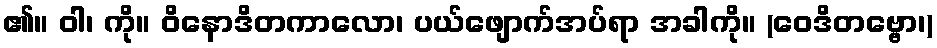
၏။ ဝါ၊ ကို။ ဝိနောဒိတကာလော၊ ပယ်ဖျောက်အပ်ရာ အခါကို။ (ဝေဒိတဗ္ဗော၊)